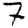
Digit: 7